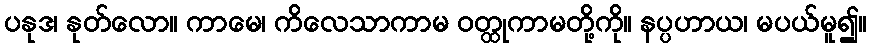
ပနုဒ၊ နုတ်လော။ ကာမေ၊ ကိလေသာကာမ ဝတ္ထုကာမတို့ကို။ နပ္ပဟာယ၊ မပယ်မူ၍။